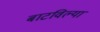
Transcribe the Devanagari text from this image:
बाटविल्या